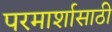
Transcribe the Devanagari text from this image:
परमार्शासाठी